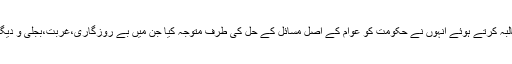
پانامہ لیکس کے معاملہ پر پیدا شدہ بحران کے جلد حل کا مطالبہ کرتے ہوئے انہوں نے حکومت کو عوام کے اصل مسائل کے حل کی طرف متوجہ کیا جن میں بے روزگاری،غربت،بجلی و دیگر ضروریات زندگی کی فراہمی جیسے مسائل سرفہرست ہیں۔